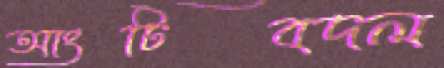
আংটিবদল